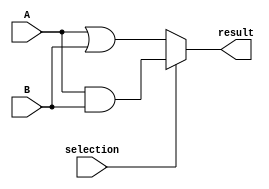
module and_or(input [0:31] A, B, input selection, output [0:31] result);

	assign result = (selection == 1)? A & B : A | B; 
	
endmodule